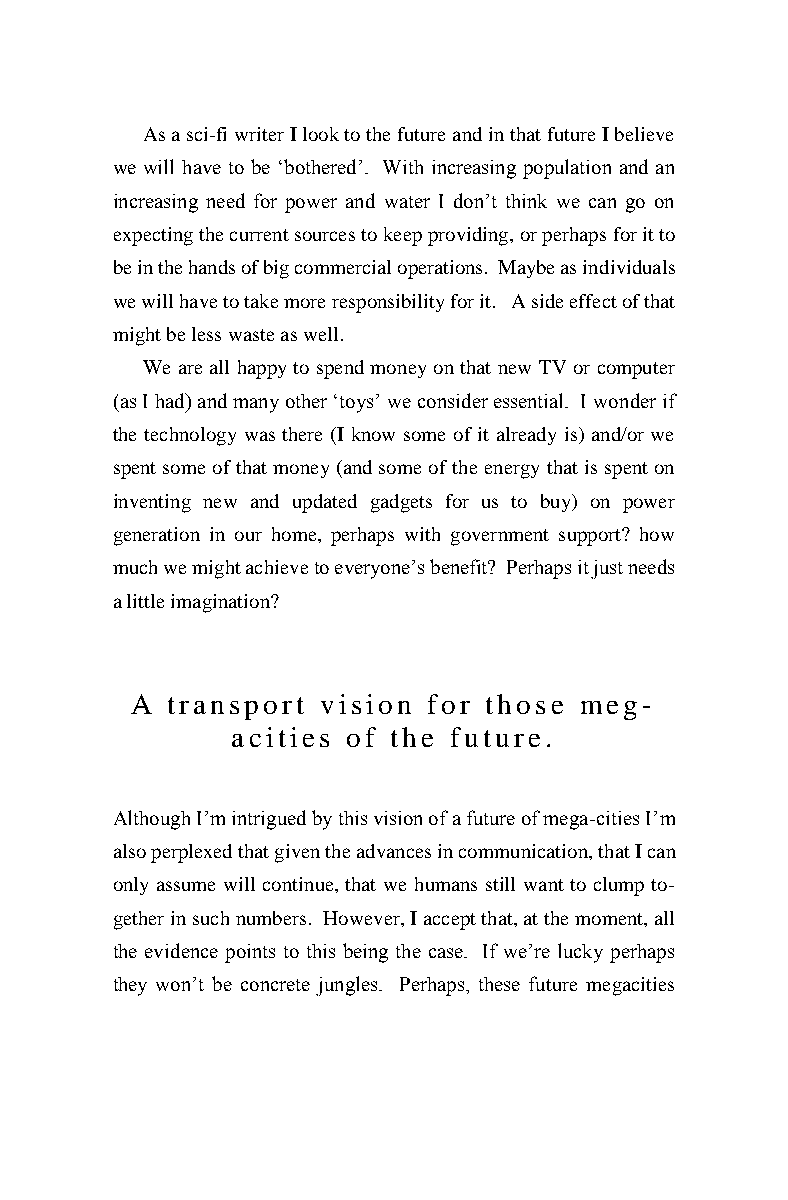
As a sci-fi writer I look to the future and in that future I believe
 we will have to be ‘bothered’. With increasing population and an
 increasing need for power and water I don’t think we can go on
 expecting the current sources to keep providing, or perhaps for it to
 be in the hands of big commercial operations. Maybe as individuals
 we will have to take more responsibility for it. A side effect of that
 might be less waste as well.
 We are all happy to spend money on that new TV or computer
 (as I had) and many other ‘toys’ we consider essential. I wonder if
 the technology was there (I know some of it already is) and/or we
 spent some of that money (and some of the energy that is spent on
 inventing new and updated gadgets for us to buy) on power
 generation in our home, perhaps with government support? how
 much we might achieve to everyone’s benefit? Perhaps it just needs
 a little imagination?
 A transport vision for those meg-
 acities of the future.
 Although I’m intrigued by this vision of a future of mega-cities I’m
 also perplexed that given the advances in communication, that I can
 only assume will continue, that we humans still want to clump to-
 gether in such numbers. However, I accept that, at the moment, all
 the evidence points to this being the case. If we’re lucky perhaps
 they won’t be concrete jungles. Perhaps, these future megacities